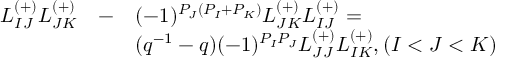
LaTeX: \begin{array} { l l l } { { L _ { I J } ^ { ( + ) } L _ { J K } ^ { ( + ) } } } & { { - } } & { { ( - 1 ) ^ { P _ { J } ( P _ { I } + P _ { K } ) } L _ { J K } ^ { ( + ) } L _ { I J } ^ { ( + ) } = } } \\ { { } } & { { } } & { { ( q ^ { - 1 } - q ) ( - 1 ) ^ { P _ { I } P _ { J } } L _ { J J } ^ { ( + ) } L _ { I K } ^ { ( + ) } , ( I < J < K ) } } \end{array}